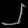
Digit: ၂